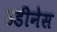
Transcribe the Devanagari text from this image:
उडीनेस